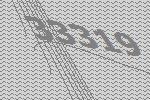
33319